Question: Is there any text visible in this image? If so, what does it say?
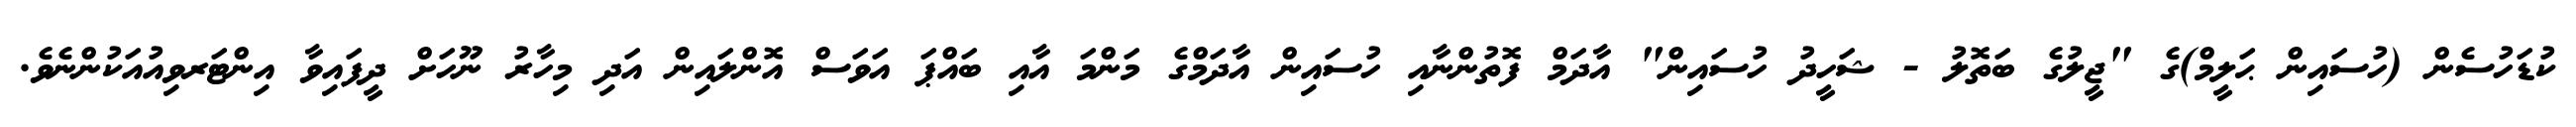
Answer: ކުޑަހުސެން (ހުސައިން ޙަލީމް)ގެ "ޖީލުގެ ބަތޮލު - ޝަހީދު ހުސައިން" އާދަމް ފޮތުންނާއި ހުސައިން އާދަމްގެ މަންމަ އާއި ބައްޕަ އަވަސް އޮންލައިން އަދި މިހާރު ނޫހަށް ދީފައިވާ އިންޓަރވިއުއަކުންނެވެ.